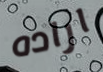
اراده